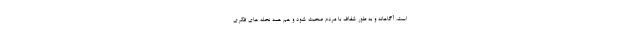
است، آگاهانه و به طور شفاف با مردم صحبت شود و هم همه نحله های فکری